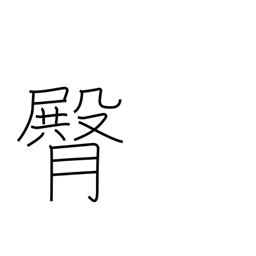
Meaning: buttocks